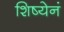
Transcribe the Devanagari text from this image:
शिष्येनं